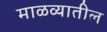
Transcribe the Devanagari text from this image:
माळव्यातील